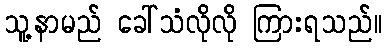
သူ့နာမည် ခေါ်သံလိုလို ကြားရသည်။